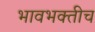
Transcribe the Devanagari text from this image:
भावभक्तीच